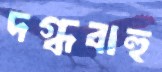
দগ্ধবাহু